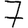
Digit: 7